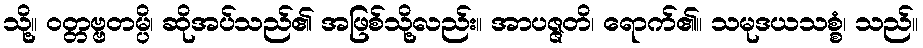
သို့။ ဝတ္တဗ္ဗတမ္ပိ၊ ဆိုအပ်သည်၏ အဖြစ်သို့လည်း။ အာပဇ္ဇတိ၊ ရောက်၏။ သမုဒယသစ္စံ၊ သည်။